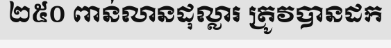
២៥០ ពាន់លានដុល្លារ ត្រូវបានដក